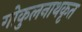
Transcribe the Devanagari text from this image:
गोकुलनाथकृत